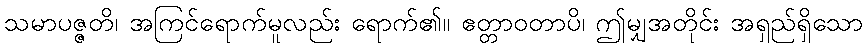
သမာပဇ္ဇတိ၊ အကြင်ရောက်မူလည်း ရောက်၏။ ဧတ္တာဝတာပိ၊ ဤမျှအတိုင်း အရှည်ရှိသော